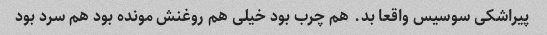
پیراشکی سوسیس واقعا بد. هم چرب بود خیلی هم روغنش مونده بود هم سرد بود